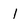
Character: 1